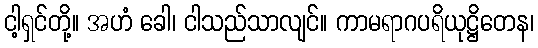
ငါ့ရှင်တို့။ အဟံ ခေါ၊ ငါသည်သာလျင်။ ကာမရာဂပရိယုဋ္ဌိတေန၊